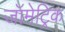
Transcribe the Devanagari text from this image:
जॉमेट्रिक